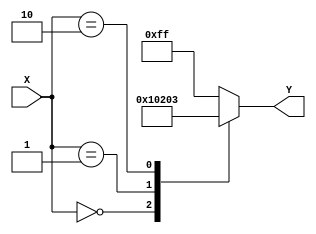
module case_statement (
    input wire [7:0] X,
    output reg [7:0] Y
);

always @* begin
    case (X)
        8'b00000000 : Y = 8'b00000001;
        8'b00000001 : Y = 8'b00000010;
        8'b00000010 : Y = 8'b00000011;
        default : Y = 8'b11111111;
    endcase
end

endmodule